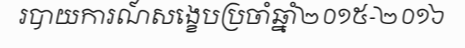
របាយការណ៍សង្ខេបប្រចាំឆ្នាំ២០១៥-២០១៦